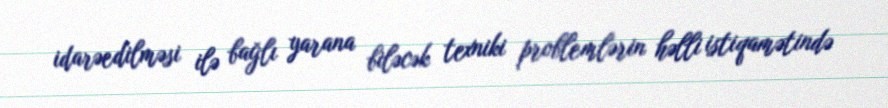
idarəedilməsi ilə bağlı yarana biləcək texniki problemlərin həlli istiqamətində